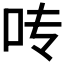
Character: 𰇊